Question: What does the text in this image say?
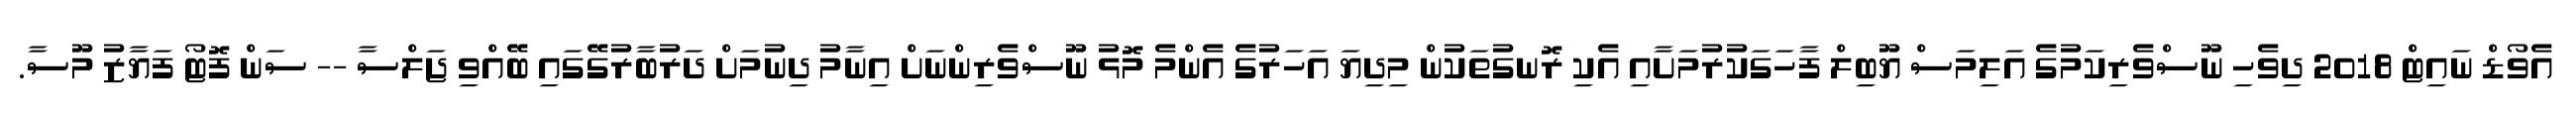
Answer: އެވޯޑް ނައިޓް 2018 ދިވެހި ނޫސްވެރިކަމުގެ އަލިމަސް ޔޫބިލް ފާހަގަކުރުމަށާއި އެކި ރޮނގުތަކުން މިދިޔަ އަހަރުގެ އެންމެ މޮޅު ނޫސްވެރިންނަށް އިނާމު ދިނުމަށް ދަރުބާރުގޭގައި ބޭއްވި ޖަލްސާ -- ސަން ފޮޓޯ ފަޔާޒު މޫސާ.